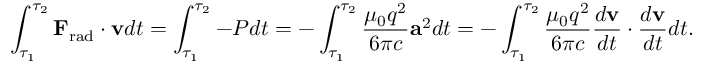
\int _ { \tau _ { 1 } } ^ { \tau _ { 2 } } \mathbf { F } _ { \mathrm { r a d } } \cdot \mathbf { v } d t = \int _ { \tau _ { 1 } } ^ { \tau _ { 2 } } - P d t = - \int _ { \tau _ { 1 } } ^ { \tau _ { 2 } } { \frac { \mu _ { 0 } q ^ { 2 } } { 6 \pi c } } \mathbf { a } ^ { 2 } d t = - \int _ { \tau _ { 1 } } ^ { \tau _ { 2 } } { \frac { \mu _ { 0 } q ^ { 2 } } { 6 \pi c } } { \frac { d \mathbf { v } } { d t } } \cdot { \frac { d \mathbf { v } } { d t } } d t .